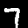
Digit: 7